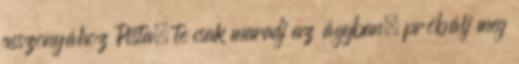
asszonyához Pista, te csak maradj az ágyban, próbálj meg